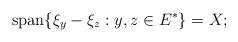
LaTeX: \begin{align*}\textrm{span}\{\xi_y -\xi_z: y, z\in E^{*}\}=X;\end{align*}